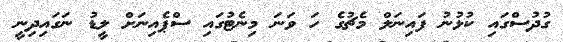
ގުދުސްގައި ކުޅުނު ފައިނަލް މެޗުގެ ހަ ވަނަ މިނެޓުގައި ސްޕެއިނަށް ލީޑު ނަގައިދިނީ